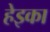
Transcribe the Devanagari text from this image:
हेइका